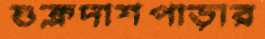
শুক্লদাশপাড়ার